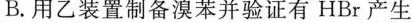
B.用乙装置制备溴苯并验证有HBr产生